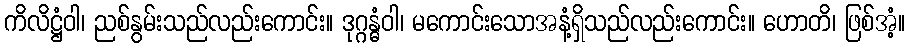
ကိလိဋ္ဌံဝါ၊ ညစ်နွမ်းသည်လည်းကောင်း။ ဒုဂ္ဂန္ဓံဝါ၊ မကောင်းသောအနံ့ရှိသည်လည်းကောင်း။ ဟောတိ၊ ဖြစ်အံ့။